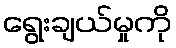
ရွေးချယ်မှုကို